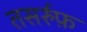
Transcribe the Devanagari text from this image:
तसर्रुफ़